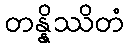
တန္နိဿိတံ